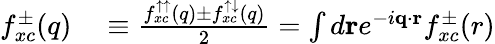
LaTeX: \begin{array}{rl}{f_{xc}^{\pm}(q)}&{{}\equiv\frac{f_{xc}^{\uparrow\uparrow}(q)\pm f_{xc}^{\uparrow\downarrow}(q)}{2}=\int d\mathbf{r}e^{-i\mathbf{q}\cdot\mathbf{r}}f_{xc}^{\pm}(r)}\end{array}